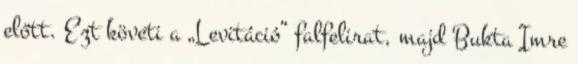
előtt. Ezt követi a „Levitáció” falfelirat, majd Bukta Imre